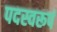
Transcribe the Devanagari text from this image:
पदस्वरूपं